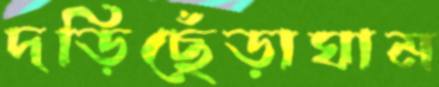
দড়িছেঁড়াঘাম